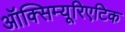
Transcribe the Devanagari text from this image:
ऑक्सिम्यूरिएटिक